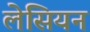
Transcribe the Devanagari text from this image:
लेसियन